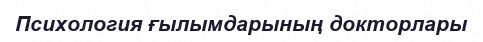
Психология ғылымдарының докторлары